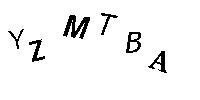
YZMTBA